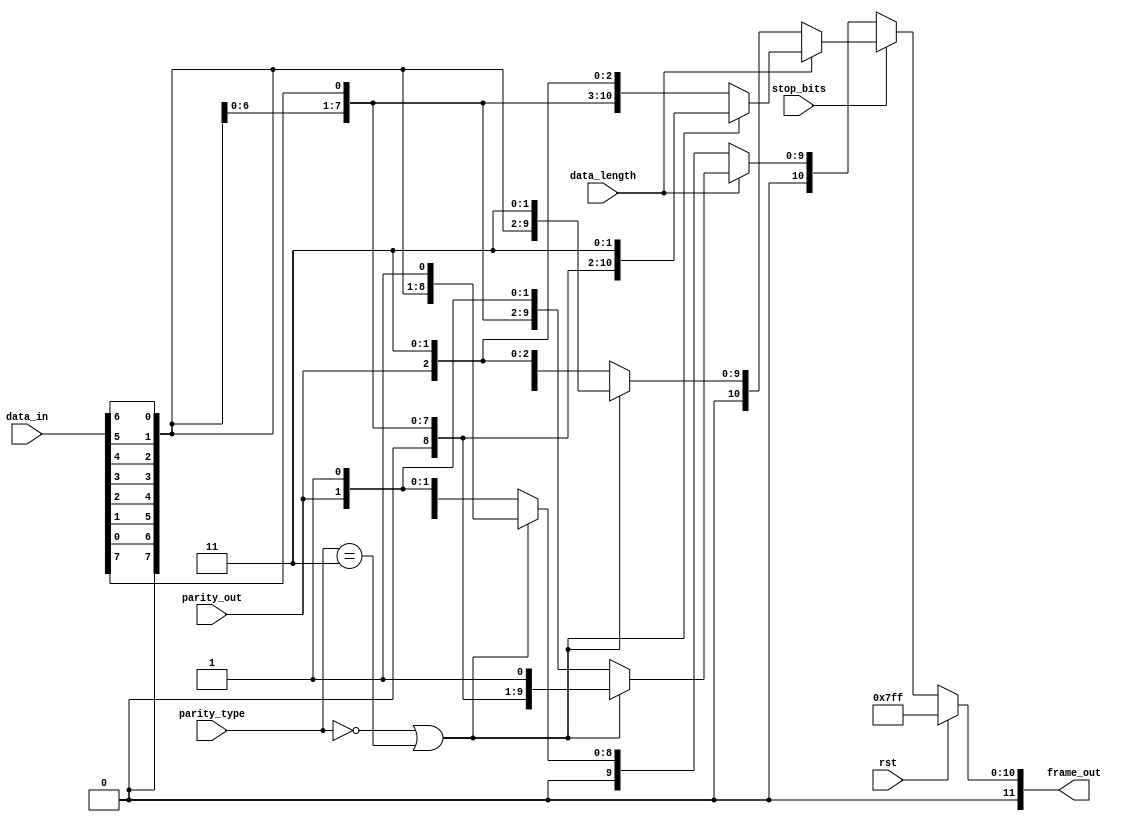
module frame_gen (rst, data_in, parity_out, parity_type, stop_bits, data_length, frame_out);
input rst,data_length,stop_bits,parity_out;
input [7:0] data_in;input [1:0] parity_type;
output reg [11:0] frame_out; 
wire stop=1;
wire start_bit=0;
reg [7:0]data_in_internal;
always @(*) begin
  data_in_internal<={data_in[0],data_in[1],data_in[2],data_in[3]
                     ,data_in[4],data_in[5],data_in[6],data_in[7]};
  if(rst) begin
    frame_out <=11'd2047;//idle all bits are one
  end
  else begin
    if(stop_bits)begin
      if(data_length)begin
        if(parity_type==2'b00 || parity_type==2'b11)
          frame_out <= {start_bit,data_in_internal,stop,stop};
        else frame_out <= {start_bit,data_in_internal,parity_out,stop,stop};
      end
      else begin
        if(parity_type==2'b00 || parity_type==2'b11)
          frame_out <= {start_bit,data_in_internal[7:1],stop,stop};
        else frame_out <= {start_bit,data_in_internal[7:1],parity_out,stop,stop};
      end 
    end
  else begin
    if(data_length)begin
        if(parity_type==2'b00 || parity_type==2'b11)
          frame_out <= {start_bit,data_in_internal,stop};
        else frame_out <= {start_bit,data_in_internal,parity_out,stop};
      end
      else begin
        if(parity_type==2'b00 || parity_type==2'b11)
          frame_out <= {start_bit,data_in_internal[7:1],stop};
        else frame_out <= {start_bit,data_in_internal[7:1],parity_out,stop};
      end 
  end
  end
end
endmodule